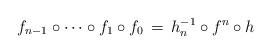
LaTeX: \begin{align*}f_{n-1} \circ \dots \circ f_1 \circ f_0\,=\, h_n^{-1} \circ f^n \circ h\end{align*}